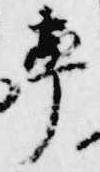
率